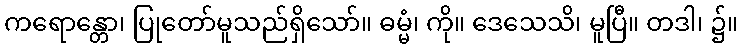
ကရောန္တော၊ ပြုတော်မူသည်ရှိသော်။ ဓမ္မံ၊ ကို။ ဒေသေသိ၊ မူပြီ။ တဒါ၊ ၌။